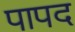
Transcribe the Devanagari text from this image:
पापद